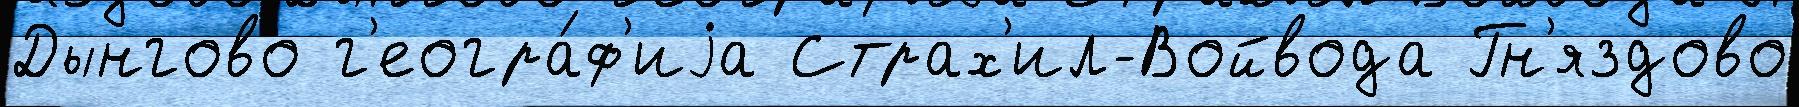
Дынгово г'еогра́ф'иjа Страх'ил-Войвода Гн'яздово